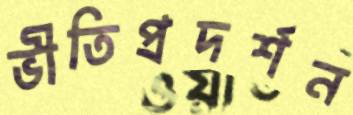
ভীতিপ্রদর্শন